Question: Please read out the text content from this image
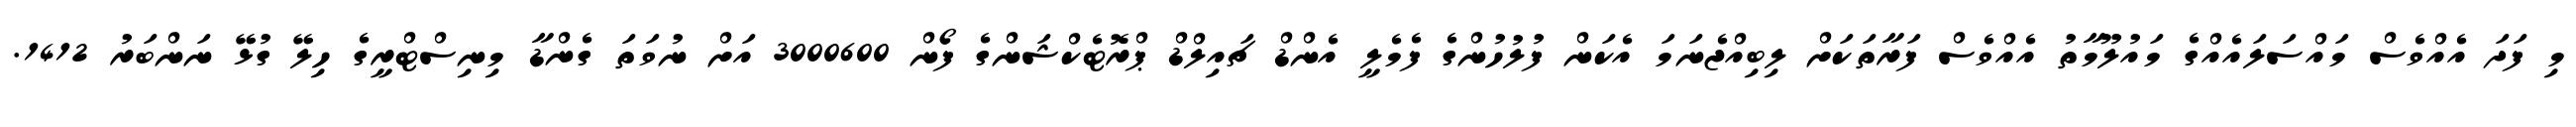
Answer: މި ފަދަ އެއްވެސް މައްސަލައެއްގެ މައުލޫމާތު އެއްވެސް ފަރާތަކަށް ލިބިއްޖެނަމަ އެކަން ފުލުހުންގެ ފެމެލީ އެންޑް ޗައިލްޑް ޕްރޮޓެކްޝަންގެ ފޯން 3000600 އަށް ނުވަތަ ގެންޑާ މިނިސްޓްރީގެ ހިލޭ ގުޅޭ ނަންބަރު 1412.